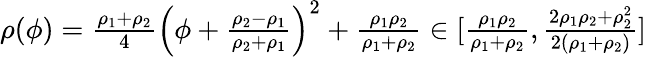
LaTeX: \begin{array}{r}{\rho(\phi)=\frac{\rho_{1}+\rho_{2}}{4}\Big(\phi+\frac{\rho_{2}-\rho_{1}}{\rho_{2}+\rho_{1}}\Big)^{2}+\frac{\rho_{1}\rho_{2}}{\rho_{1}+\rho_{2}}\in[\frac{\rho_{1}\rho_{2}}{\rho_{1}+\rho_{2}},\frac{2\rho_{1}\rho_{2}+\rho_{2}^{2}}{2(\rho_{1}+\rho_{2})}]}\end{array}